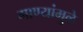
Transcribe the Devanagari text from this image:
गाण्यांमुळे